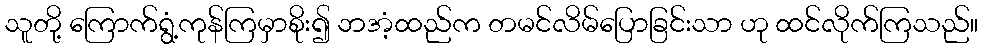
သူတို့ ကြောက်ရွံ့ကုန်ကြမှာစိုး၍ ဘအံ့ထည်က တမင်လိမ်ပြောခြင်းသာ ဟု ထင်လိုက်ကြသည်။